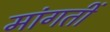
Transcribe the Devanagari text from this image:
मांगतीं